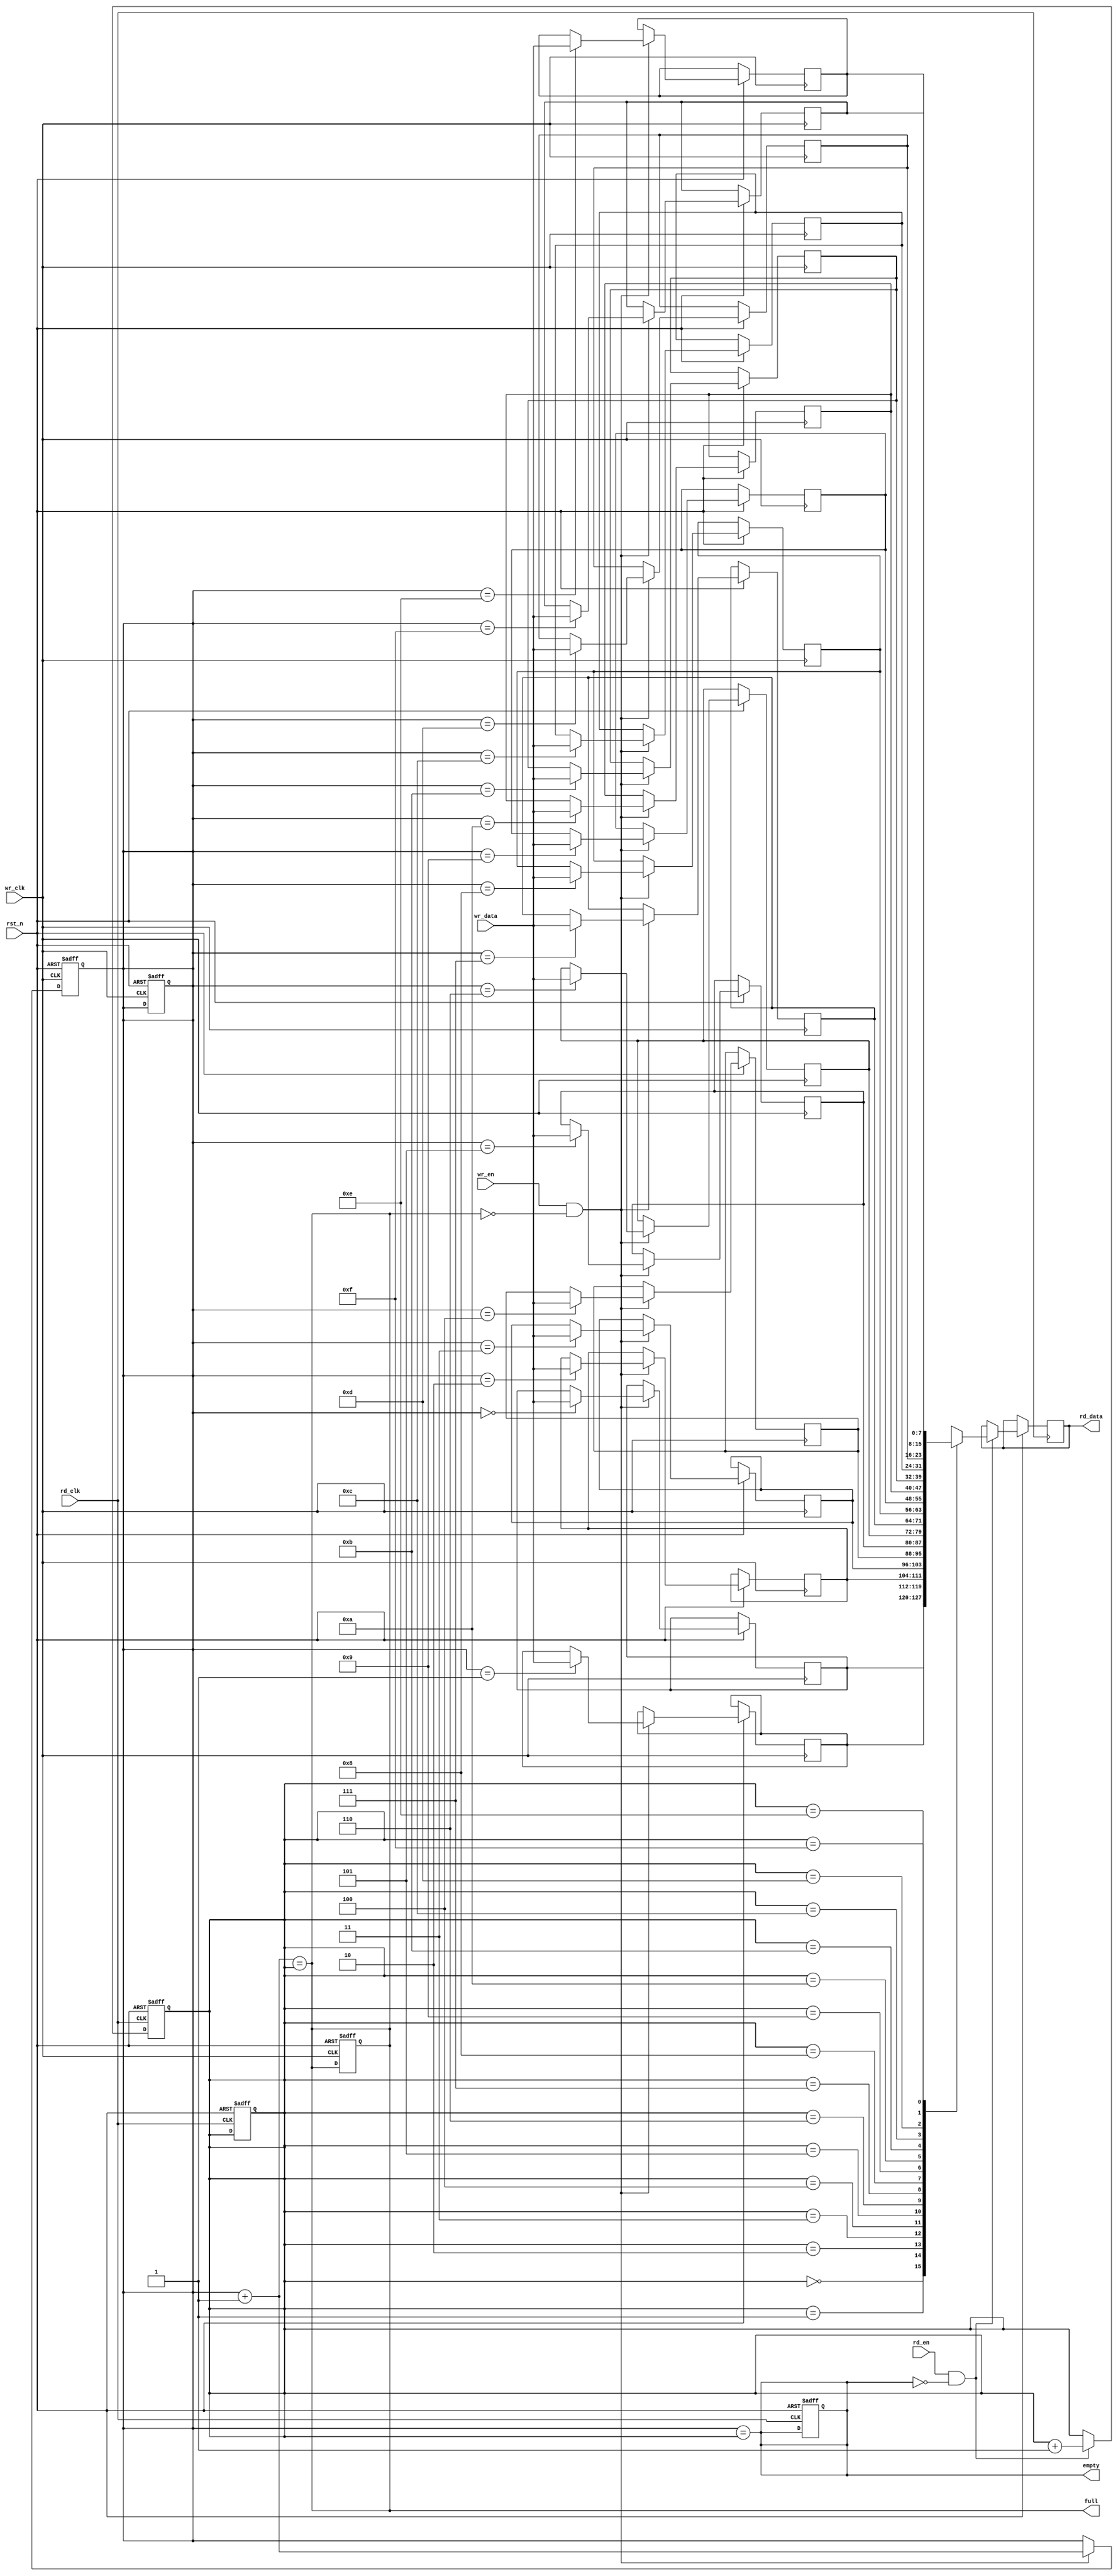
module async_fifo #(
    parameter DATA_WIDTH = 8,  // Define the data width
    parameter FIFO_DEPTH = 16   // Define the FIFO depth (must be a power of 2)
) (
    input wire wr_clk,         // Write clock
    input wire rd_clk,         // Read clock
    input wire rst_n,          // Active low reset
    input wire wr_en,          // Write enable signal
    input wire rd_en,          // Read enable signal
    input wire [DATA_WIDTH-1:0] wr_data, // Data input
    output reg [DATA_WIDTH-1:0] rd_data, // Data output
    output reg full,           // FIFO full flag
    output reg empty           // FIFO empty flag
);

    // Memory array
    reg [DATA_WIDTH-1:0] fifo_mem [0:FIFO_DEPTH-1];
    
    // Pointer definitions
    reg [$clog2(FIFO_DEPTH)-1:0] wr_ptr; // Write pointer
    reg [$clog2(FIFO_DEPTH)-1:0] rd_ptr; // Read pointer

    // Internal signals
    wire [$clog2(FIFO_DEPTH)-1:0] wr_ptr_next;
    wire [$clog2(FIFO_DEPTH)-1:0] rd_ptr_next;
    
    // Write pointer logic
    assign wr_ptr_next = wr_ptr + 1'b1;
    always @(posedge wr_clk or negedge rst_n) begin
        if (!rst_n) begin
            wr_ptr <= 0;
        end else if (wr_en && !full) begin
            fifo_mem[wr_ptr] <= wr_data; // Write data
            wr_ptr <= wr_ptr_next[FIFO_DEPTH-1:0]; // Increment write pointer with wraparound
        end
    end

    // Read pointer logic
    assign rd_ptr_next = rd_ptr + 1'b1;
    always @(posedge rd_clk or negedge rst_n) begin
        if (!rst_n) begin
            rd_ptr <= 0;
        end else if (rd_en && !empty) begin
            rd_data <= fifo_mem[rd_ptr]; // Read data
            rd_ptr <= rd_ptr_next[FIFO_DEPTH-1:0]; // Increment read pointer with wraparound
        end
    end

    // Full and empty flag generation
    always @(*) begin
        full = (wr_ptr_next == rd_ptr); // If next write pointer matches read pointer, FIFO is full
        empty = (wr_ptr == rd_ptr);      // If write pointer matches read pointer, FIFO is empty
    end

    // Asynchronous reset logic
    always @(posedge wr_clk or negedge rst_n) begin
        if (!rst_n) begin
            wr_ptr <= 0;
            full <= 1'b0;
        end
    end

    always @(posedge rd_clk or negedge rst_n) begin
        if (!rst_n) begin
            rd_ptr <= 0;
            empty <= 1'b1;
        end
    end

endmodule